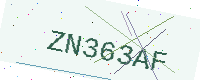
Text: ZN363AF